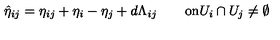
\hat { \eta } _ { i j } = \eta _ { i j } + \eta _ { i } - \eta _ { j } + d \Lambda _ { i j } \qquad \mathrm { o n } U _ { i } \cap { } U _ { j } \neq \emptyset